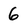
Character: 6